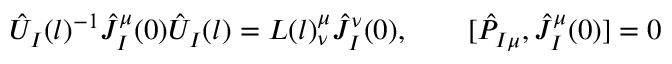
{ \hat { U } } _ { I } ( l ) ^ { - 1 } { \hat { J } } _ { I } ^ { \mu } ( 0 ) { \hat { U } } _ { I } ( l ) = L ( l ) _ { \nu } ^ { \mu } { \hat { J } } _ { I } ^ { \nu } ( 0 ) , \qquad [ { \hat { P } } _ { I \mu } , { \hat { J } } _ { I } ^ { \mu } ( 0 ) ] = 0